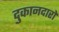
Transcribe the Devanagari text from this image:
दुकानदारो